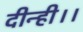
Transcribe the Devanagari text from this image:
दीन्ही।।